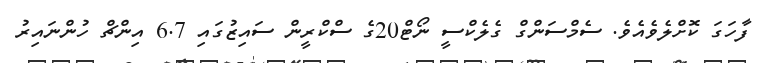
ފާހަގަ ކޮށްލެވެއެވެ. ސެމްސަންގް ގެލެކްސީ ނޯޓް20ގެ ސްކްރީން ސައިޒުގައި 6.7 އިންޗް ހުންނައިރު